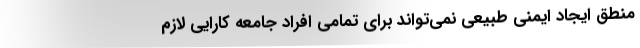
منطق ایجاد ایمنی طبیعی نمی‌تواند برای تمامی افراد جامعه کارایی لازم